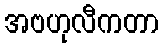
အဗဟုလီကတာ